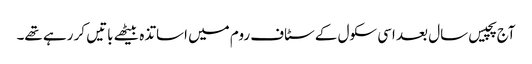
آج پچیس سال بعد اسی سکول کے سٹاف روم میں اساتذہ بیٹھے باتیں کر رہے تھے۔